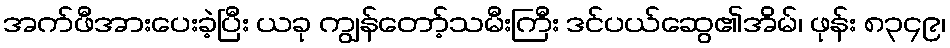
အက်ဖီအားပေးခဲ့ပြီး ယခု ကျွန်တော့်သမီးကြီး ဒင်ပယ်ဆွေ၏အိမ်၊ ဖုန်း ၈၃၄၉၊